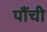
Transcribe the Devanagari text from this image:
पौंची